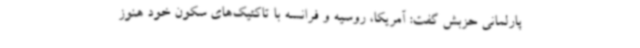
پارلمانی حزبش گفت: آمریکا، روسیه و فرانسه با تاکتیک‌های سکون خود هنوز